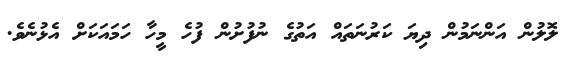
ލޮލުން އަންނަމުން ދިޔަ ކަރުނަތައް އަތުގެ ނުފުށުން ފުހެ މީހާ ހަމައަކަށް އެޅުނެވެ.